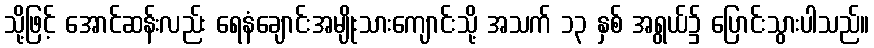
သို့ဖြင့် အောင်ဆန်းလည်း ရေနံချောင်းအမျိုးသားကျောင်းသို့ အသက် ၁၃ နှစ် အရွယ်၌ ပြောင်းသွားပါသည်။